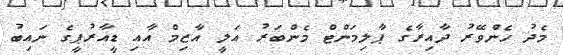
މެދު ހެންވޭރު ދާއިރާގެ ޕާލިމަންޓް މެންބަރު އަލީ އާޒިމް އާއި ޑީއާރުޕީގެ ނައިބު